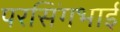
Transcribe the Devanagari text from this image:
परसिंगभाई